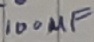
Text: 100µF